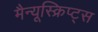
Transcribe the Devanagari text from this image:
मैन्यूस्क्रिप्ट्स